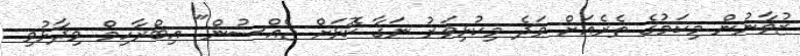
ޒުވާނުން މިކަމުގެ ތެރެއަށް ވަދެ މިކުޅިވަރު ނަގާ ކޮޅަށް ޖެއްސުން" އިބްރާހިމް ވިދާޅުވި